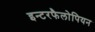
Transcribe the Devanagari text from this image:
इन्टरफैलोपियन